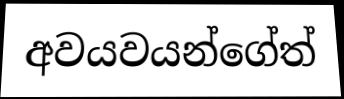
අවයවයන්ගේත්